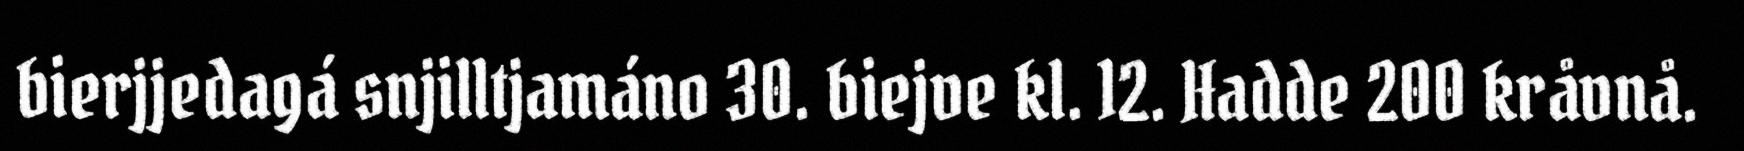
bierjjedagá snjilltjamáno 30. biejve kl. 12. Hadde 200 kråvnå.